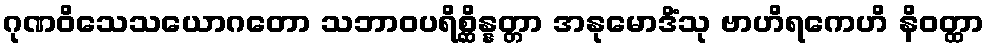
ဂုဏဝိသေသယောဂတော သဘာဝပရိစ္ဆိန္နတ္တာ အနုမောဒိံသု ဗာဟိရကေဟိ နိဝတ္ထာ